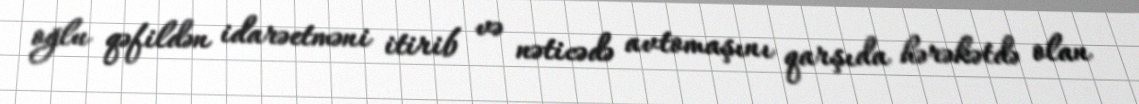
oğlu qəfildən idarəetməni itirib və nəticədə avtomaşını qarşıda hərəkətdə olan